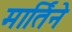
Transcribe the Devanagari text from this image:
मार्तिने